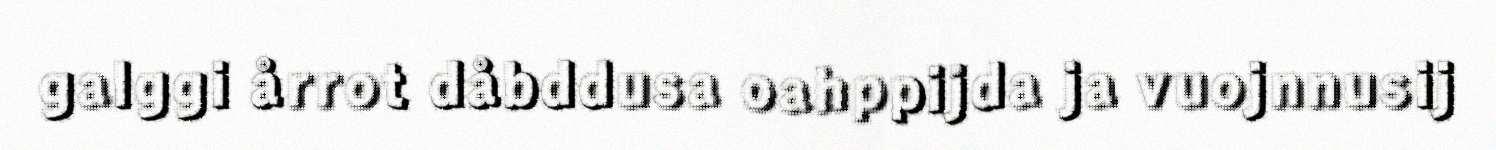
galggi årrot dåbddusa oahppijda ja vuojnnusij